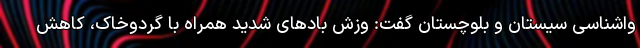
واشناسی سیستان و بلوچستان گفت: وزش بادهای شدید همراه با گردوخاک، کاهش